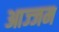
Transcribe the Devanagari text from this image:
आज्जम